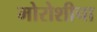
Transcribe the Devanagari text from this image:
मोरोशीचा